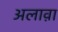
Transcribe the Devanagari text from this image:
अलाव़ा